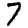
Digit: 7